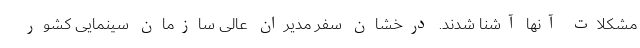
مشکلات آنها آشنا شدند. درخشان سفر مدیران عالی سازمان سینمایی کشور